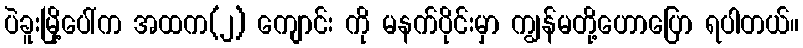
ပဲခူးမြို့ပေါ်က အထက(၂) ကျောင်း ကို မနက်ပိုင်းမှာ ကျွန်မတို့ဟောပြော ရပါတယ်။